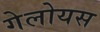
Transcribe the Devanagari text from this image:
गेलोयस